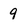
Character: 9